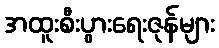
အထူးစီးပွားရေးဇုန်များ